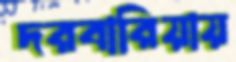
দরবারিয়ায়